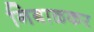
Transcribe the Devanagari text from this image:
निबाळकर